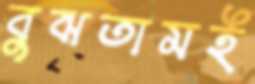
বুঝতামই